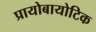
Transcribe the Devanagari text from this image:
प्रायोबायोटिक